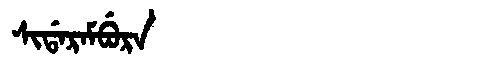
Manchu: ᠰᡳᡩᠠᡵᠠᠮᠪᡠᡵᠠ
Romanization: SIDARAMBURA